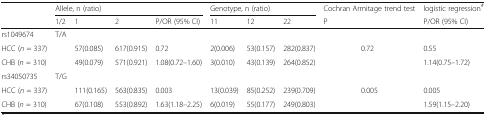
<table><thead><tr><td rowspan="2"></td><td colspan="4"><b>Allele, n (ratio)</b></td><td colspan="3"><b>Genotype, n (ratio)</b></td><td><b>Cochran Armitage trend test</b></td><td><b>logistic regression<sup><i>#</i></sup></b></td></tr><tr><td><b>1/2</b></td><td><b>1</b></td><td><b>2</b></td><td><b>P/OR (95% CI)</b></td><td><b>11</b></td><td><b>12</b></td><td><b>22</b></td><td><b>P</b></td><td><b>P/OR (95% CI)</b></td></tr></thead><tbody><tr><td>rs1049674</td><td>T/A</td><td></td><td></td><td></td><td></td><td></td><td></td><td></td><td></td></tr><tr><td>HCC (<i>n</i> = 337)</td><td></td><td>57(0.085)</td><td>617(0.915)</td><td>0.72</td><td>2(0.006)</td><td>53(0.157)</td><td>282(0.837)</td><td>0.72</td><td>0.55</td></tr><tr><td>CHB (<i>n</i> = 310)</td><td></td><td>49(0.079)</td><td>571(0.921)</td><td>1.08(0.72–1.60)</td><td>3(0.010)</td><td>43(0.139)</td><td>264(0.852)</td><td></td><td>1.14(0.75–1.72)</td></tr><tr><td>rs34050735</td><td>T/G</td><td></td><td></td><td></td><td></td><td></td><td></td><td></td><td></td></tr><tr><td>HCC (<i>n</i> = 337)</td><td></td><td>111(0.165)</td><td>563(0.835)</td><td>0.003</td><td>13(0.039)</td><td>85(0.252)</td><td>239(0.709)</td><td>0.005</td><td>0.005</td></tr><tr><td>CHB (<i>n</i> = 310)</td><td></td><td>67(0.108)</td><td>553(0.892)</td><td>1.63(1.18–2.25)</td><td>6(0.019)</td><td>55(0.177)</td><td>249(0.803)</td><td></td><td>1.59(1.15–2.20)</td></tr></tbody></table>